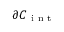
\partial { C } _ { \mathrm { ~ i ~ n ~ t ~ } }